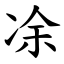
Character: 凃